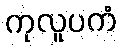
ကုလူပကံ